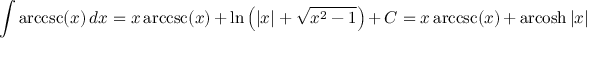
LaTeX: \int \operatorname { a r c c s c } ( x ) \, d x = x \operatorname { a r c c s c } ( x ) \, + \, \ln \left( \left| x \right| + { \sqrt { x ^ { 2 } - 1 } } \right) \, + \, C = x \operatorname { a r c c s c } ( x ) \, + \, \operatorname { a r c o s h } | x | \, + \, C